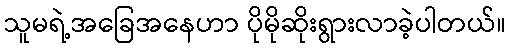
သူမရဲ့အခြေအနေဟာ ပိုမိုဆိုးရွားလာခဲ့ပါတယ်။